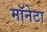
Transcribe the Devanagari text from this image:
मॉनेटा